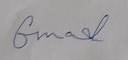
Signature authenticity: forged